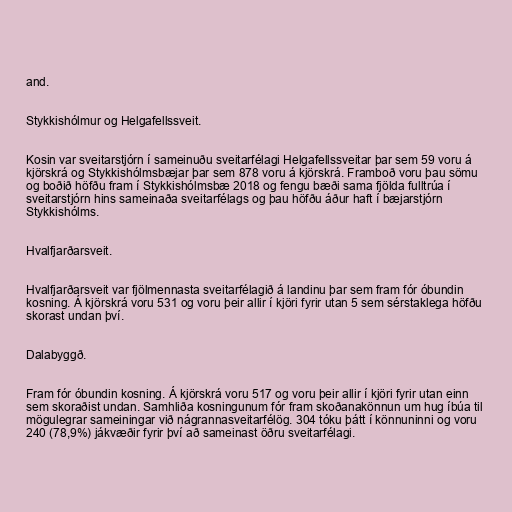
and.

Stykkishólmur og Helgafellssveit.

Kosin var sveitarstjórn í sameinuðu sveitarfélagi Helgafellssveitar þar sem 59 voru á
kjörskrá og Stykkishólmsbæjar þar sem 878 voru á kjörskrá. Framboð voru þau sömu
og boðið höfðu fram í Stykkishólmsbæ 2018 og fengu bæði sama fjölda fulltrúa í
sveitarstjórn hins sameinaða sveitarfélags og þau höfðu áður haft í bæjarstjórn
Stykkishólms.

Hvalfjarðarsveit.

Hvalfjarðarsveit var fjölmennasta sveitarfélagið á landinu þar sem fram fór óbundin
kosning. Á kjörskrá voru 531 og voru þeir allir í kjöri fyrir utan 5 sem sérstaklega höfðu
skorast undan því.

Dalabyggð.

Fram fór óbundin kosning. Á kjörskrá voru 517 og voru þeir allir í kjöri fyrir utan einn
sem skoraðist undan. Samhliða kosningunum fór fram skoðanakönnun um hug íbúa til
mögulegrar sameiningar við nágrannasveitarfélög. 304 tóku þátt í könnuninni og voru
240 (78,9%) jákvæðir fyrir því að sameinast öðru sveitarfélagi.